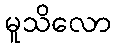
မူသိလော